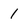
Character: 1